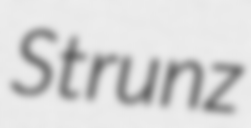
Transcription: Strunz